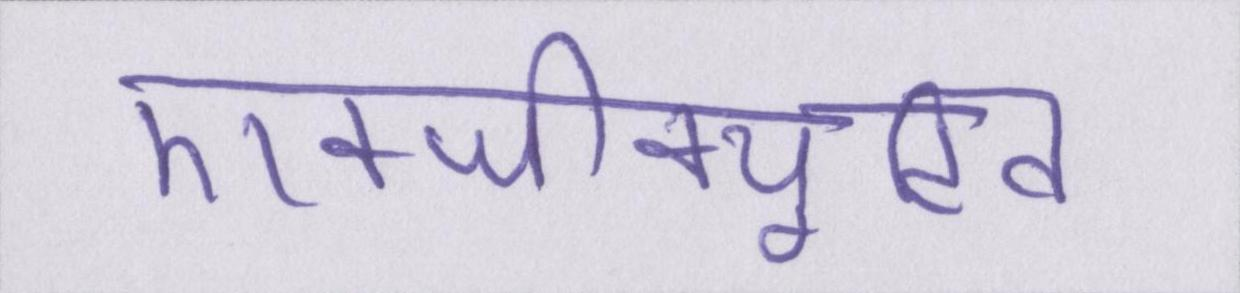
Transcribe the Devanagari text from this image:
एक्जीक्यूटिव